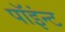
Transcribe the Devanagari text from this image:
पॉइंन्ट